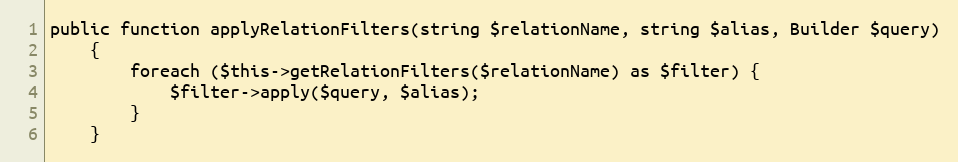
Language: PHP
public function applyRelationFilters(string $relationName, string $alias, Builder $query)
    {
        foreach ($this->getRelationFilters($relationName) as $filter) {
            $filter->apply($query, $alias);
        }
    }